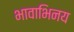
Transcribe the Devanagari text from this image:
भावाभिनय